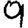
Digit: 9